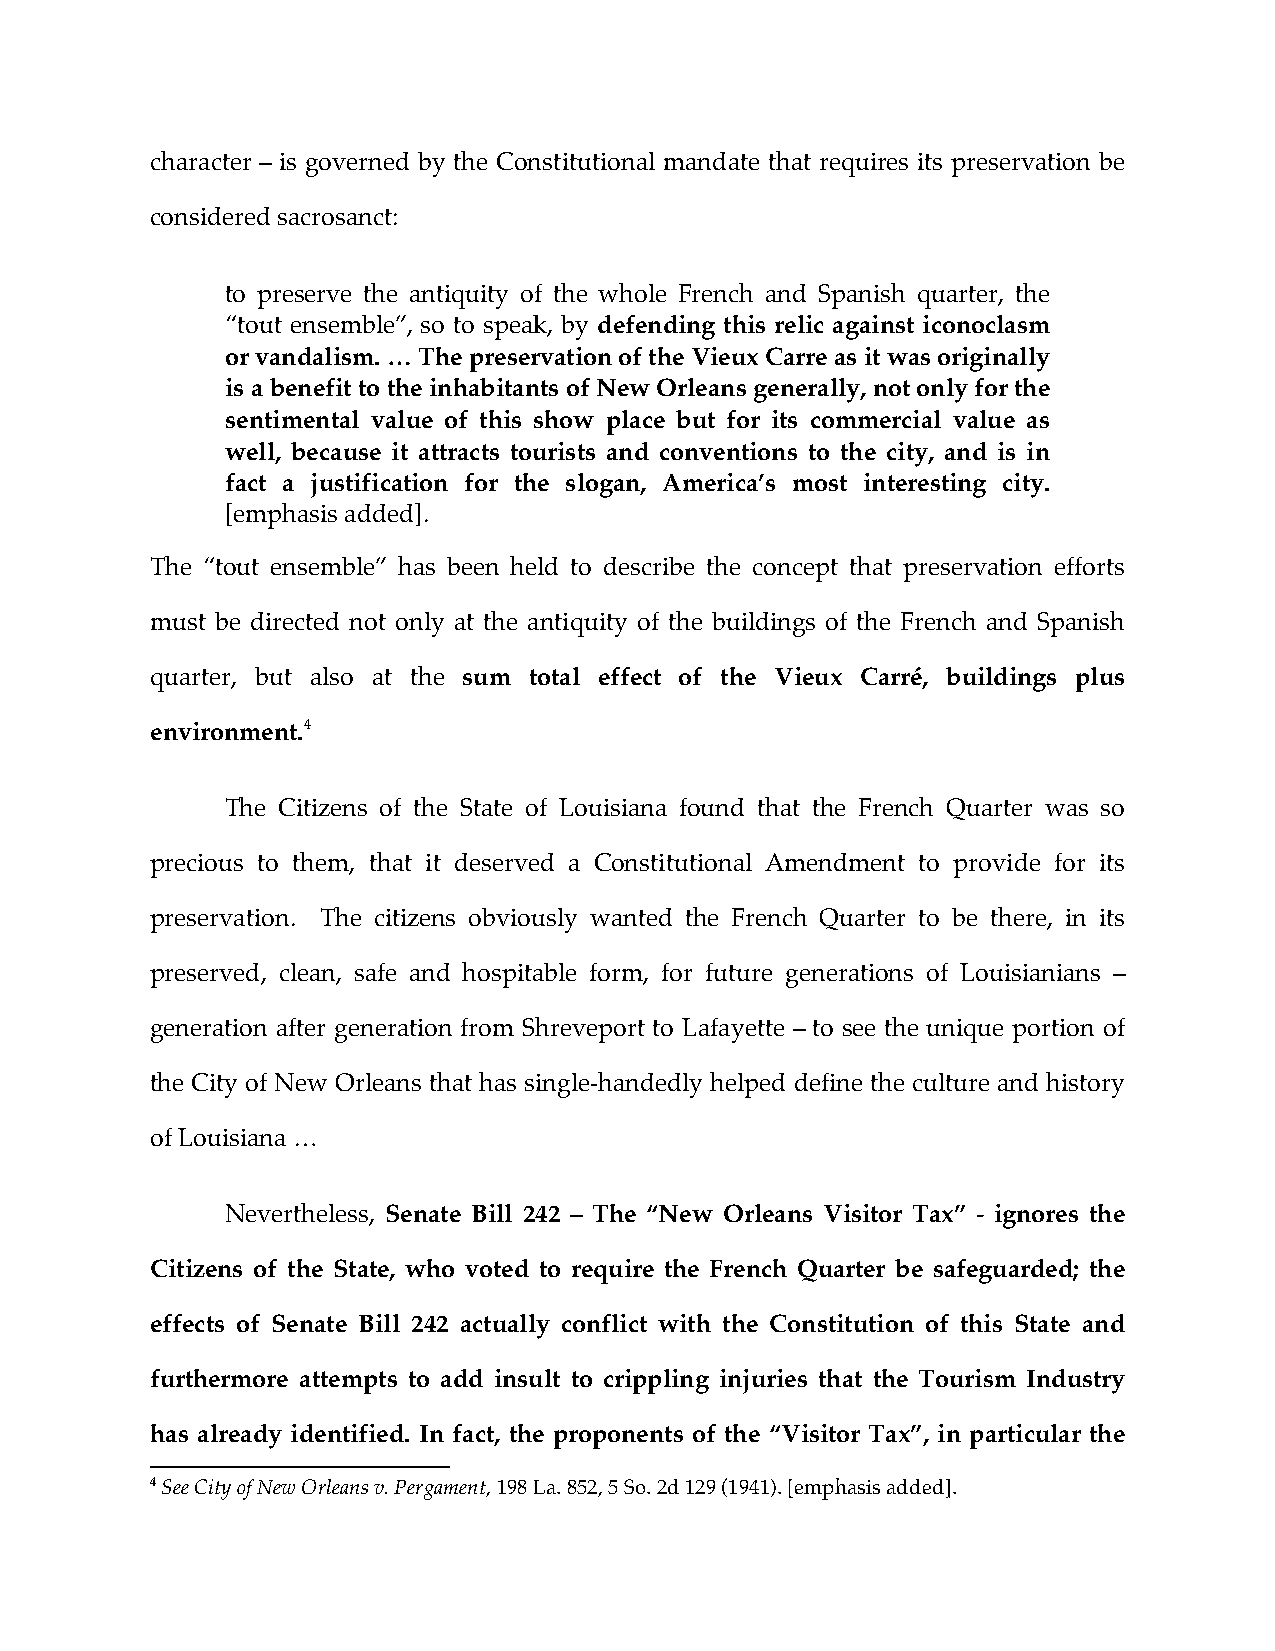
character – is governed by the Constitutional mandate that requires its preservation be
 considered sacrosanct:
 to preserve the antiquity of the whole French and Spanish quarter, the
 “tout ensemble”, so to speak, by defending this relic against iconoclasm
 or vandalism. … The preservation of the Vieux Carre as it was originally
 is a benefit to the inhabitants of New Orleans generally, not only for the
 sentimental value of this show place but for its commercial value as
 well, because it attracts tourists and conventions to the city, and is in
 fact a justification for the slogan, America’s most interesting city.
 [emphasis added].
 The “tout ensemble” has been held to describe the concept that preservation efforts
 must be directed not only at the antiquity of the buildings of the French and Spanish
 quarter, but also at the sum total effect of the Vieux Carré, buildings plus
 environment.4
 The Citizens of the State of Louisiana found that the French Quarter was so
 precious to them, that it deserved a Constitutional Amendment to provide for its
 preservation. The citizens obviously wanted the French Quarter to be there, in its
 preserved, clean, safe and hospitable form, for future generations of Louisianians –
 generation after generation from Shreveport to Lafayette – to see the unique portion of
 the City of New Orleans that has single-handedly helped define the culture and history
 of Louisiana …
 Nevertheless, Senate Bill 242 – The “New Orleans Visitor Tax” - ignores the
 Citizens of the State, who voted to require the French Quarter be safeguarded; the
 effects of Senate Bill 242 actually conflict with the Constitution of this State and
 furthermore attempts to add insult to crippling injuries that the Tourism Industry
 has already identified. In fact, the proponents of the “Visitor Tax”, in particular the
 4 See City of New Orleans v. Pergament, 198 La. 852, 5 So. 2d 129 (1941). [emphasis added].